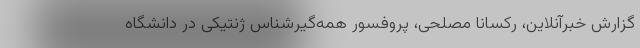
گزارش خبرآنلاین، رکسانا مصلحی، پروفسور همه‌گیرشناس ژنتیکی در دانشگاه